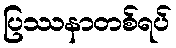
ပြဿနာတစ်ရပ်